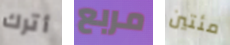
أترك مربع مئتين